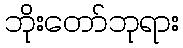
ဘိုးတော်ဘုရား